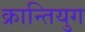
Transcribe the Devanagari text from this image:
क्रान्तियुग